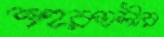
শহরতলীর